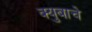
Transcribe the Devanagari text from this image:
क्युबाचे